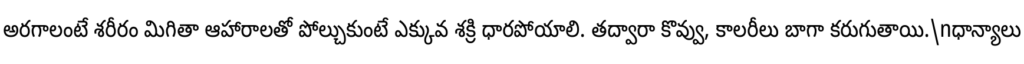
అరగాలంటే శరీరం మిగితా ఆహారాలతో పోల్చుకుంటే ఎక్కువ శక్రి ధారపోయాలి. తద్వారా కొవ్వు, కాలరీలు బాగా కరుగుతాయి.\nధాన్యాలు